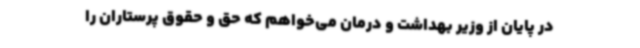
در پایان از وزیر بهداشت و درمان می‌خواهم که حق و حقوق پرستاران را